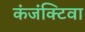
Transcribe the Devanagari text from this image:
कंजंक्टिवा